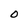
Character: O